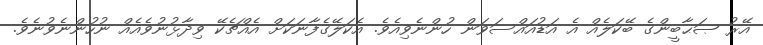
އޭރު ޞަޙާބީންގެ ބޭކަލެއް އެ އަޑުއައްސަވަން ހުންނެވިއެވެ. އެކަލޭގެފާނަކަށް އެއްޗެކޭ ވިދާޅުނުވެއެއް ނުހުންނެވުނެވެ.